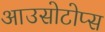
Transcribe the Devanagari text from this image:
आउसोटोप्स